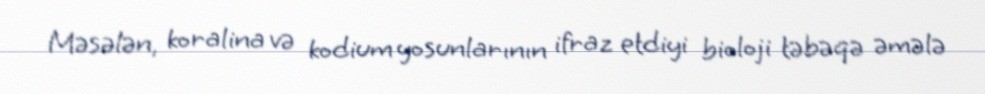
Məsələn, koralina və kodium yosunlarının ifraz etdiyi bioloji təbəqə əmələ